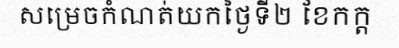
សម្រេចកំណត់យកថ្ងៃទី២ ខែកក្ត